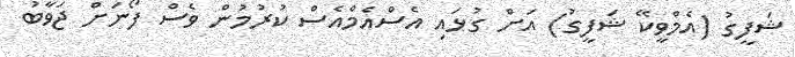
ޝަފީގު (އެމްވީކޭ ޝަފީގު) އަށް ގުޅައި އެސްއެމްއެސް ކުރުމުން ވެސް ފޯނަށް ޖަވާބު